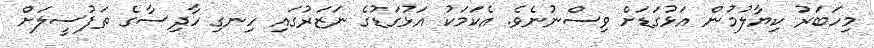
މިހަބަރު ކިޔާލުމުން އަޅުގަޑަށް ވިސްނުނެވެ. އެކަމަކު އަޅުގަޑުގެ ނަޒަރުގައި ހިނގި ހާދިސާގެ ތަފުސީލަށް